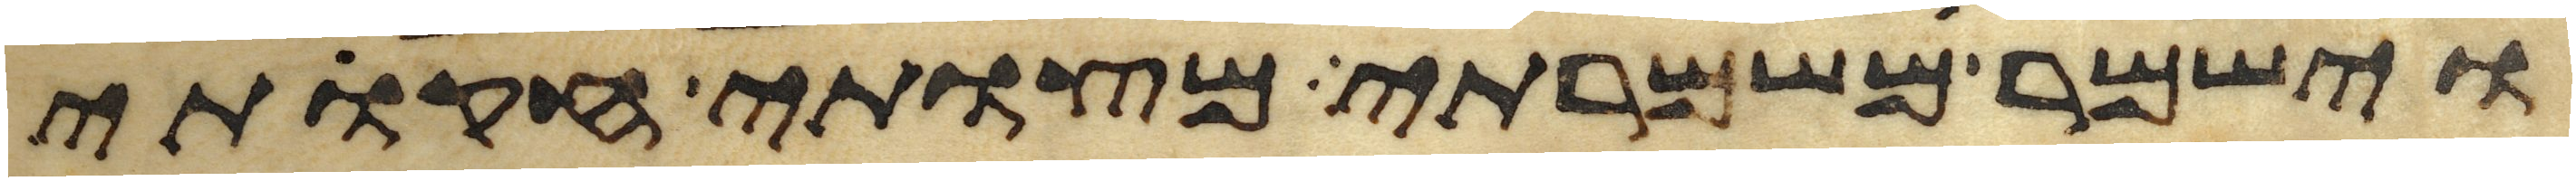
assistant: וישמר משמרתי מצותי חקותי